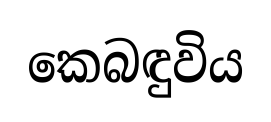
කෙබඳුවිය